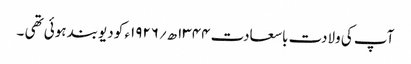
آپ کی ولادت باسعادت ۱۳۴۴ھ؍۱۹۲۶ء کو دیوبند ہوئی تھی ۔